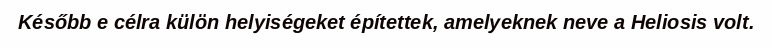
Később e célra külön helyiségeket építettek, amelyeknek neve a Heliosis volt.